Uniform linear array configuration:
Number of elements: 4
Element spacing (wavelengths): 1
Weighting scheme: cosine
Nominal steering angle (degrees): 45
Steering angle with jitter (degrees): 46.052
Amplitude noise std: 0.05
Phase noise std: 0.05

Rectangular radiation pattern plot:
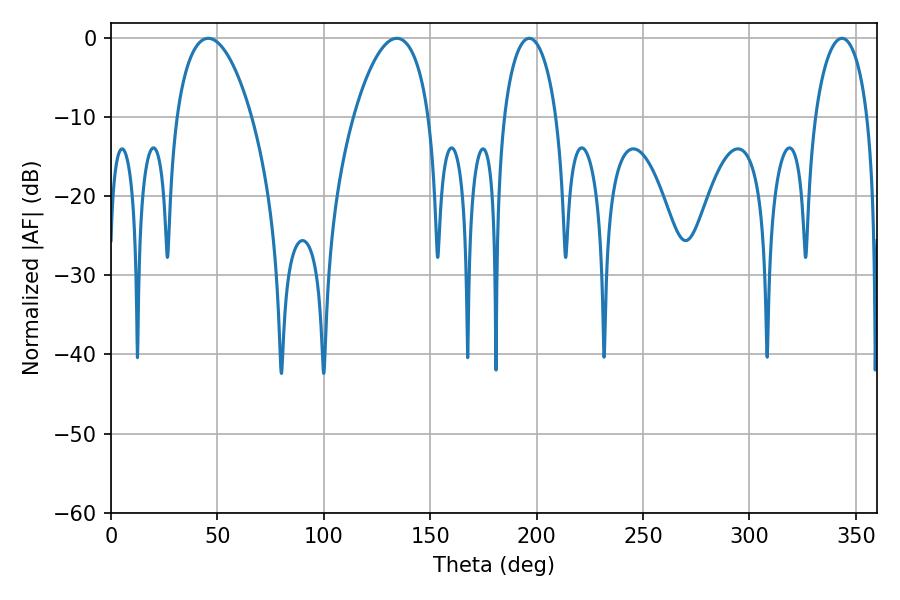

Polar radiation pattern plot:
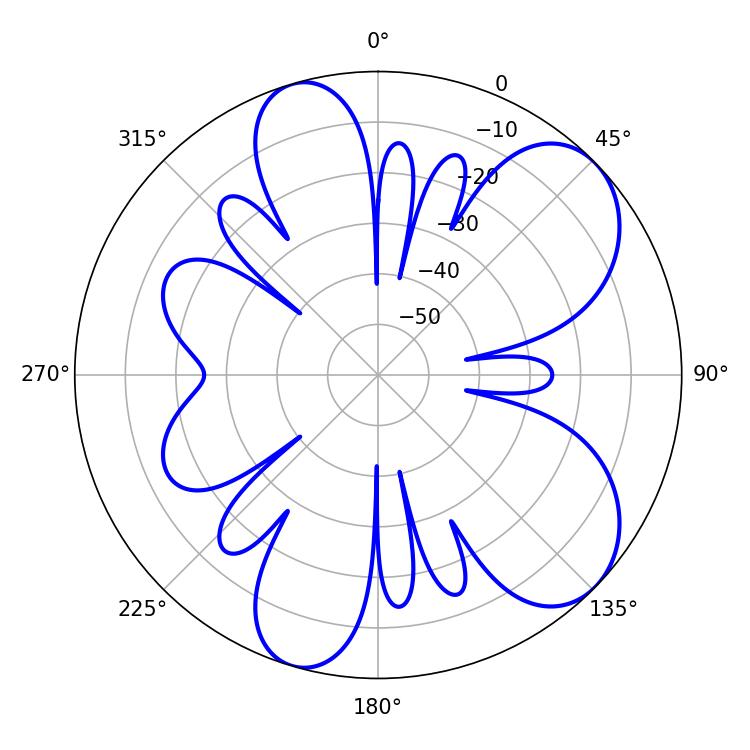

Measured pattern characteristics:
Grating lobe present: TRUE
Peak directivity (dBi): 7.471
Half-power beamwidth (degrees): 19.8
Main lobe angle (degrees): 45.72